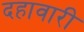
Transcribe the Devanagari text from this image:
दहावारी